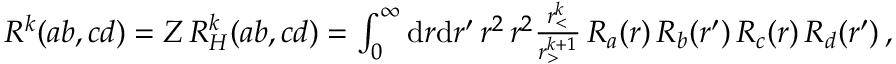
\begin{array} { r } { R ^ { k } ( a b , c d ) = Z \, R _ { H } ^ { k } ( a b , c d ) = \int _ { 0 } ^ { \infty } \mathrm { d } r \mathrm { d } r ^ { \prime } \, r ^ { 2 } \, r ^ { 2 } \frac { r _ { < } ^ { k } } { r _ { > } ^ { k + 1 } } \, R _ { a } ( r ) \, R _ { b } ( r ^ { \prime } ) \, R _ { c } ( r ) \, R _ { d } ( r ^ { \prime } ) \, , } \end{array}